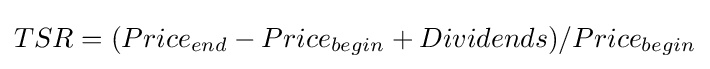
TSR={(Price_{end}-Price_{begin}+Dividends)}/{Price_{begin}}